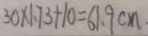
3 0 \times 1 . 7 3 + 1 0 = 6 1 . 9 c m .